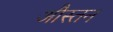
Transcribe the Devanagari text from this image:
औस्तन